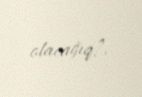
olacağıq?.